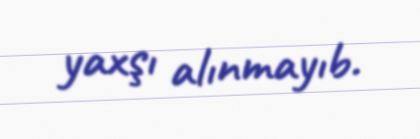
yaxşı alınmayıb.